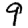
Digit: 9